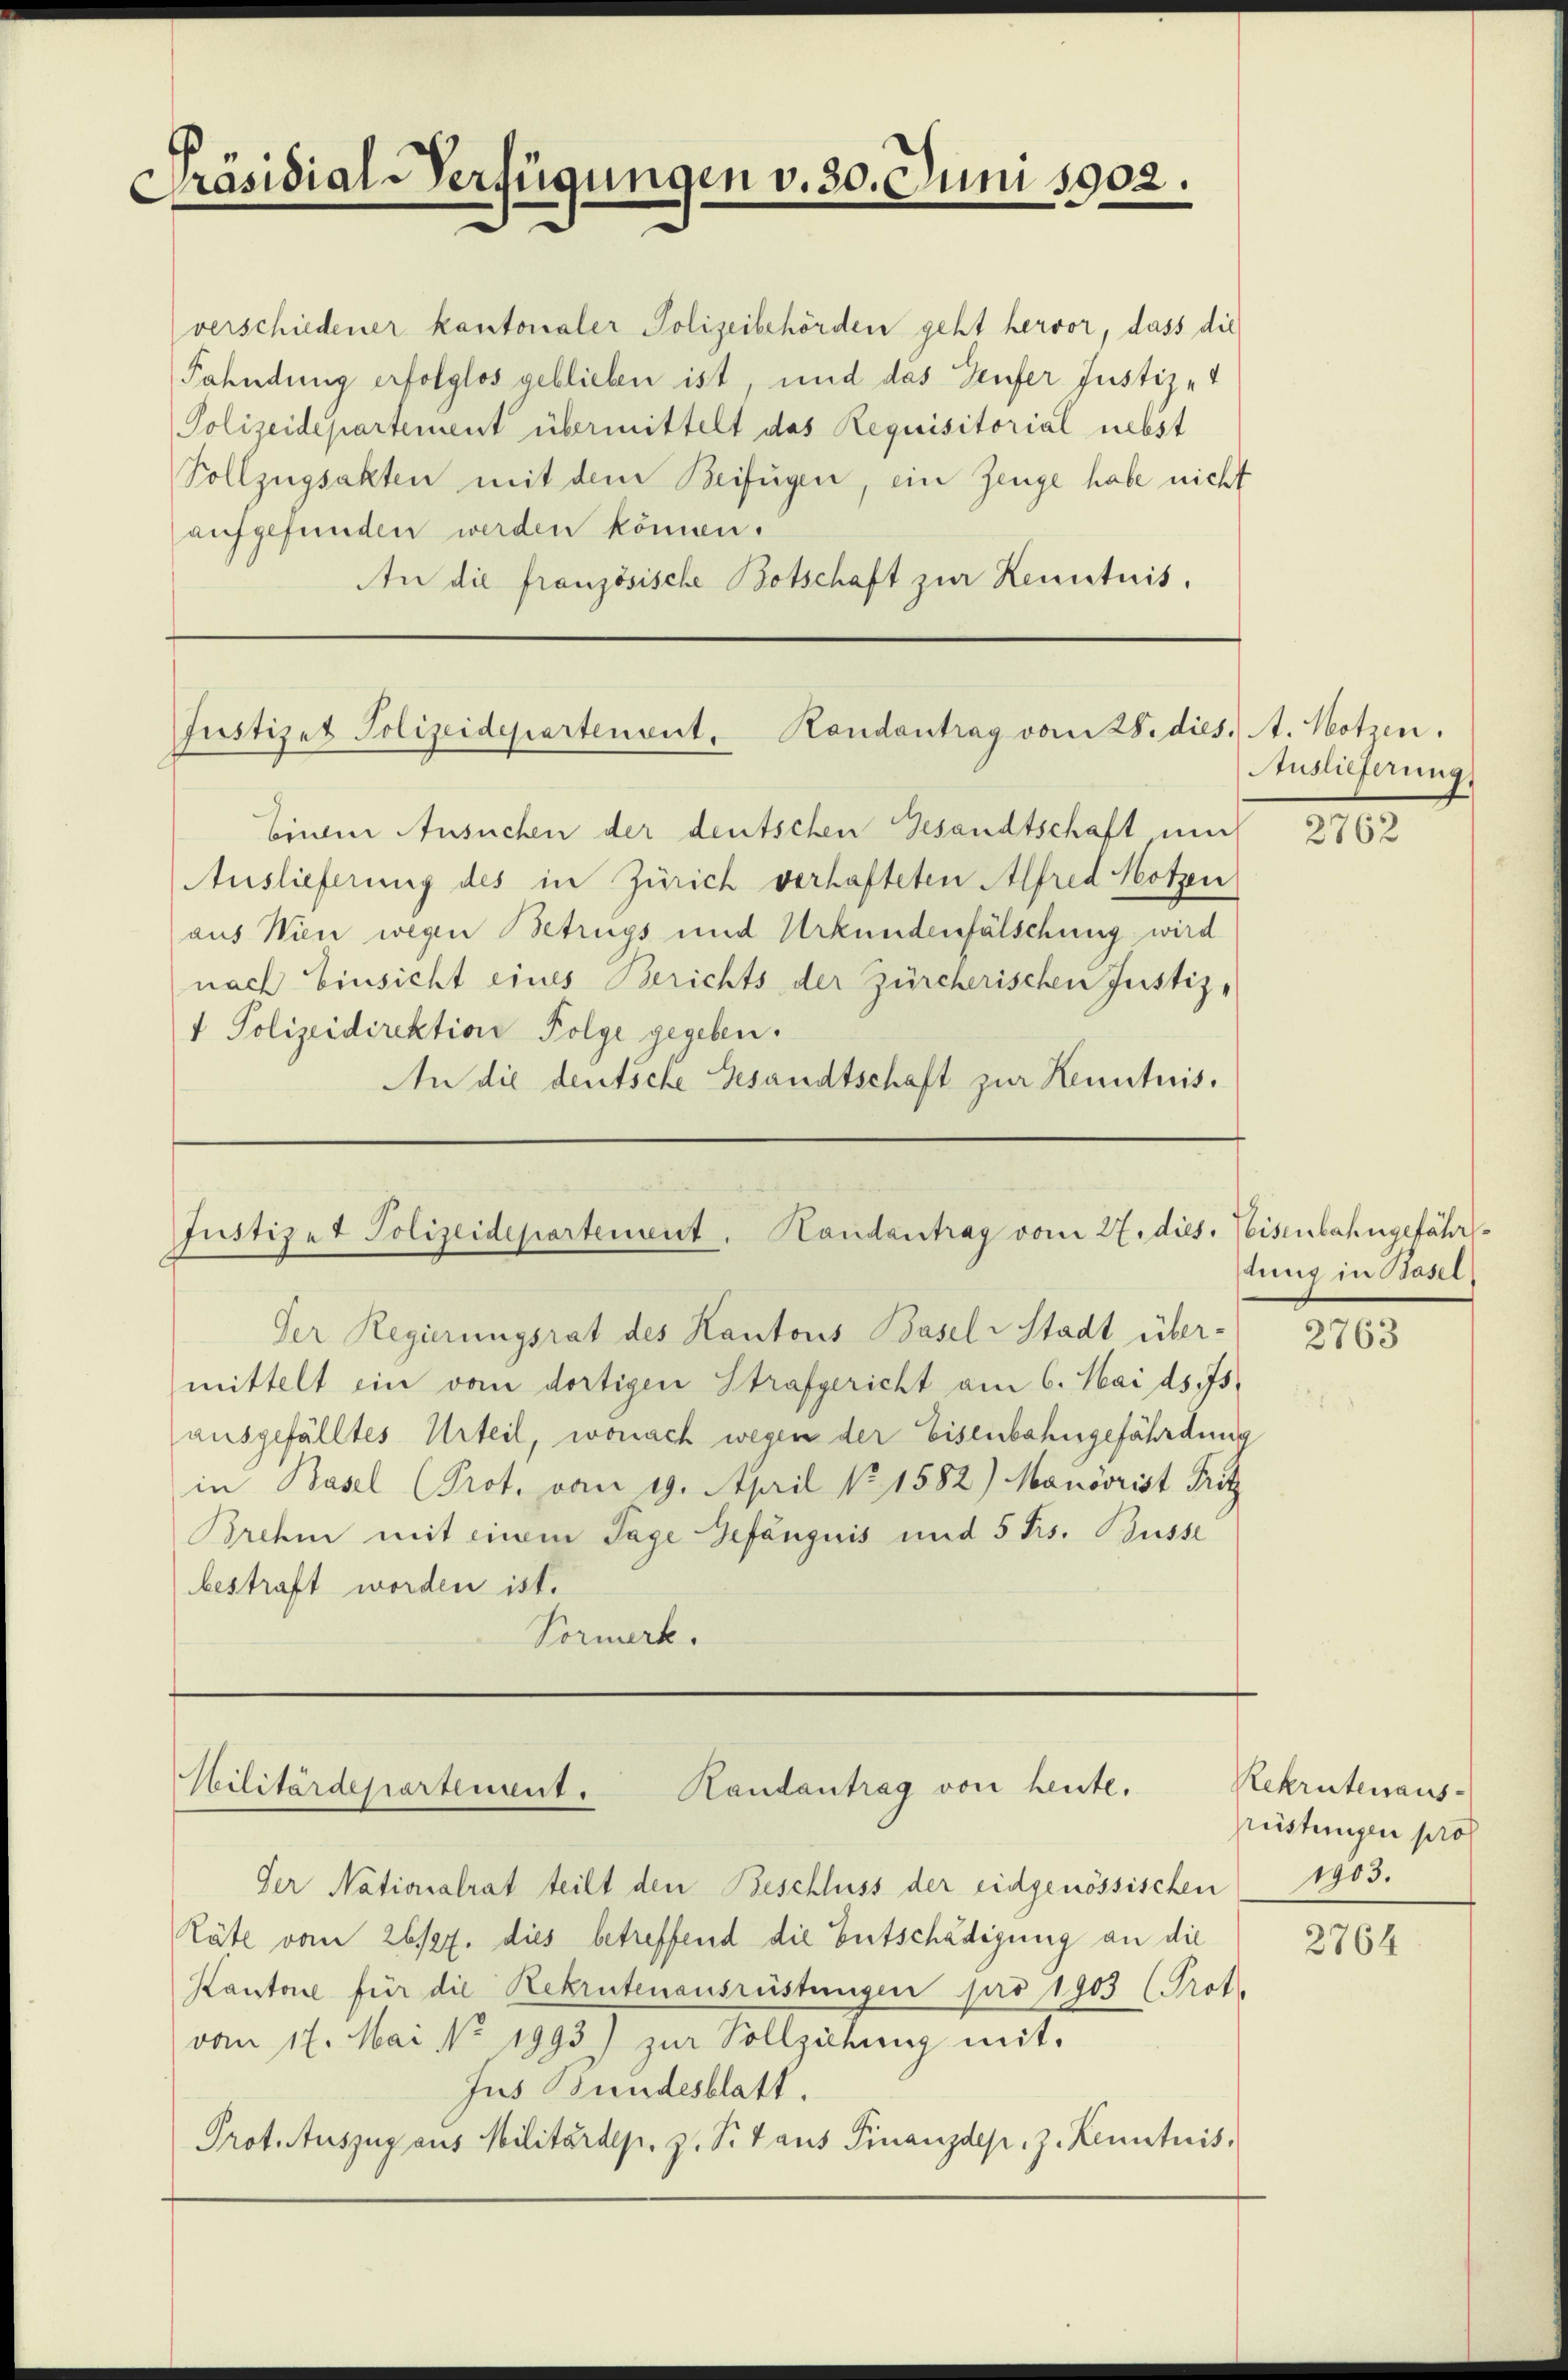
Präsidial-Verfügungen v. 30. Juni 1902.

verschiedener kantonaler Polizeibehörden geht hervor, dass die
Fahndung erfolglos geblieben ist, und das Genfer Justiz-
Polizeidepartement übermittelt das Requisitorial nebst
Vollzügsakten mit dem Beifügen, ein Zeuge habe nicht
aufgefunden werden können.
An die französische Botschaft zur Kenntnis,

Justizet Polizeidepartenent, Handantrag vom 28. dies. 1. Notzen.

binden Ansuchen der deutschen Gesandtschaft und
Auslieferung des in Zürich verhafteten Alfred Hotzen
aus Wien wegen Betrugs und Urkundenfälschung wird
nach Einsicht eines Berichts der Zürcherischen Justiz-
1 Polizeidirektion Folge gegeben.
An die deutsche Gesandtschaft zur Kenntnis.

Justizet Polizeidepartement. Handantrag vom 27. dies. Weisenbahngefähr¬

Der Regierungsrat des Kantons Basel-Stadt über-
mittelt ein vom dortigen Strafgericht am 6. Mai d. Js.
ausgefälltes Urteil, wonach wegen der Eisenbahngefährdung
in Basel (Prot. vom 19. April No 1582) Manövrist Fritz
Brahm mit einem Tage Gefängnis und 5 frs. Busse
bestraft worden ist.
Vormerk.

Randantrag von heute.
Militärdepartement.

Der Nationalrat teilt den Beschluss der eidgenössischen
Räte vom 26/27. dies betreffend die Entschädigung an die
Kantone für die Rekrutenausrüstungen pro 1903 (Prot.
vom 17. Mai No 1993) zur Vollziehung mit
Jus Bundesblatt.
Prot. Auszug aus Militärdep. z. S. 4 aus Finanzdep. z. Kenntnis.

Auslieferung.

2762

dung in Basel

2763

Rekrutenaus-
rüstungen pros
1903.

2764